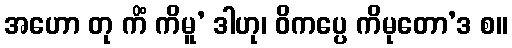
အဟော တု ကိံ ကိမူ’ ဒါဟု၊ ဝိကပ္ပေ ကိမုတော’ဒ စ။